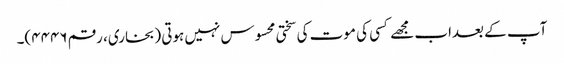
آپ کے بعداب مجھے کسی کی موت کی سختی محسوس نہیں ہوتی (بخاری، رقم ۴۴۴۶)۔